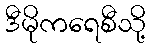
ဒီမိုကရေစီသို့